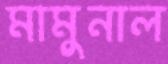
মামুনাল